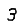
Digit: 3